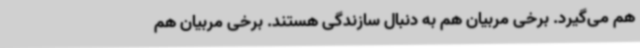
هم می‌گیرد. برخی مربیان هم به دنبال سازندگی هستند. برخی مربیان هم